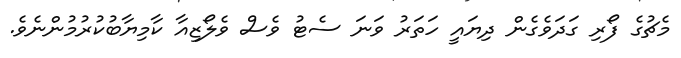
މެޗުގެ ފޯރި ގަދަވެގެން ދިޔައީ ހަތަރު ވަނަ ސެޓު ވެސް ވެލޯޒިއާ ކާމިޔާބުކުރުމުންނެވެ.